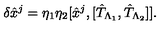
\delta { \hat { x } } ^ { j } = \eta _ { 1 } \eta _ { 2 } [ { \hat { x } } ^ { j } , [ { \hat { T } } _ { \Lambda _ { 1 } } , { \hat { T } } _ { \Lambda _ { 2 } } ] ] .